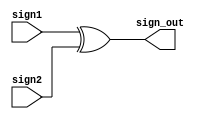

module xor_module( sign1, sign2, sign_out);

input sign1, sign2;
output reg sign_out;

always @(*) begin
	sign_out = sign1 ^ sign2;
end

endmodule